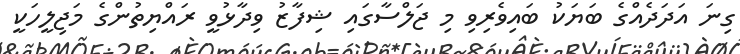
ގިނަ އަދަދެއްގެ ބަޔަކު ބައިވެރިވި މި ޖަލްސާގައި ޝިފާޒު ވިދާޅުވީ ރައްޔިތުންގެ މަޖިލީހަކީ